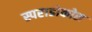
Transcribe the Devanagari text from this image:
स्पराडोकोस